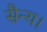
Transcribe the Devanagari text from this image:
सैन्य।